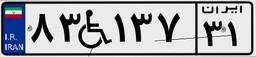
۸۳W۱۳۷۳۱